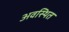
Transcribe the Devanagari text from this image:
अवस्‍थित